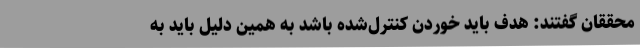
محققان گفتند: هدف باید خوردن کنترل‌شده باشد به همین دلیل باید به